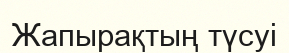
Жапырақтың түсуі